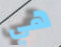
هي